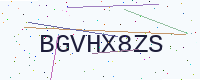
Text: BGVHX8ZS